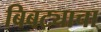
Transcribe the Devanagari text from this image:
बिबट्याचा